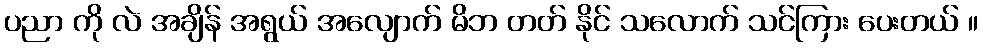
ပညာ ကို လဲ အချိန် အရွယ် အလျောက် မိဘ တတ် နိုင် သလောက် သင်ကြား ပေးတယ် ။